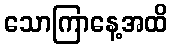
သောကြာနေ့အထိ